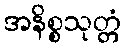
အနိစ္စသုတ္တံ